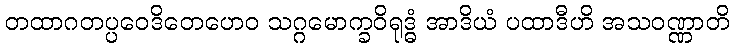
တထာဂတပ္ပဝေဒိတေဟေဝ သဂ္ဂမောက္ခဝိရုဒ္ဓံ အာဒိယံ ပထာဒီဟိ အသဝဏ္ဏာတိ